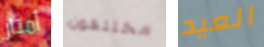
أمتار مختلفون العيد